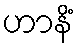
ဟာနိံ